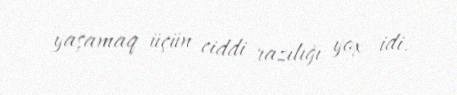
yaşamaq üçün ciddi razılığı yox idi.